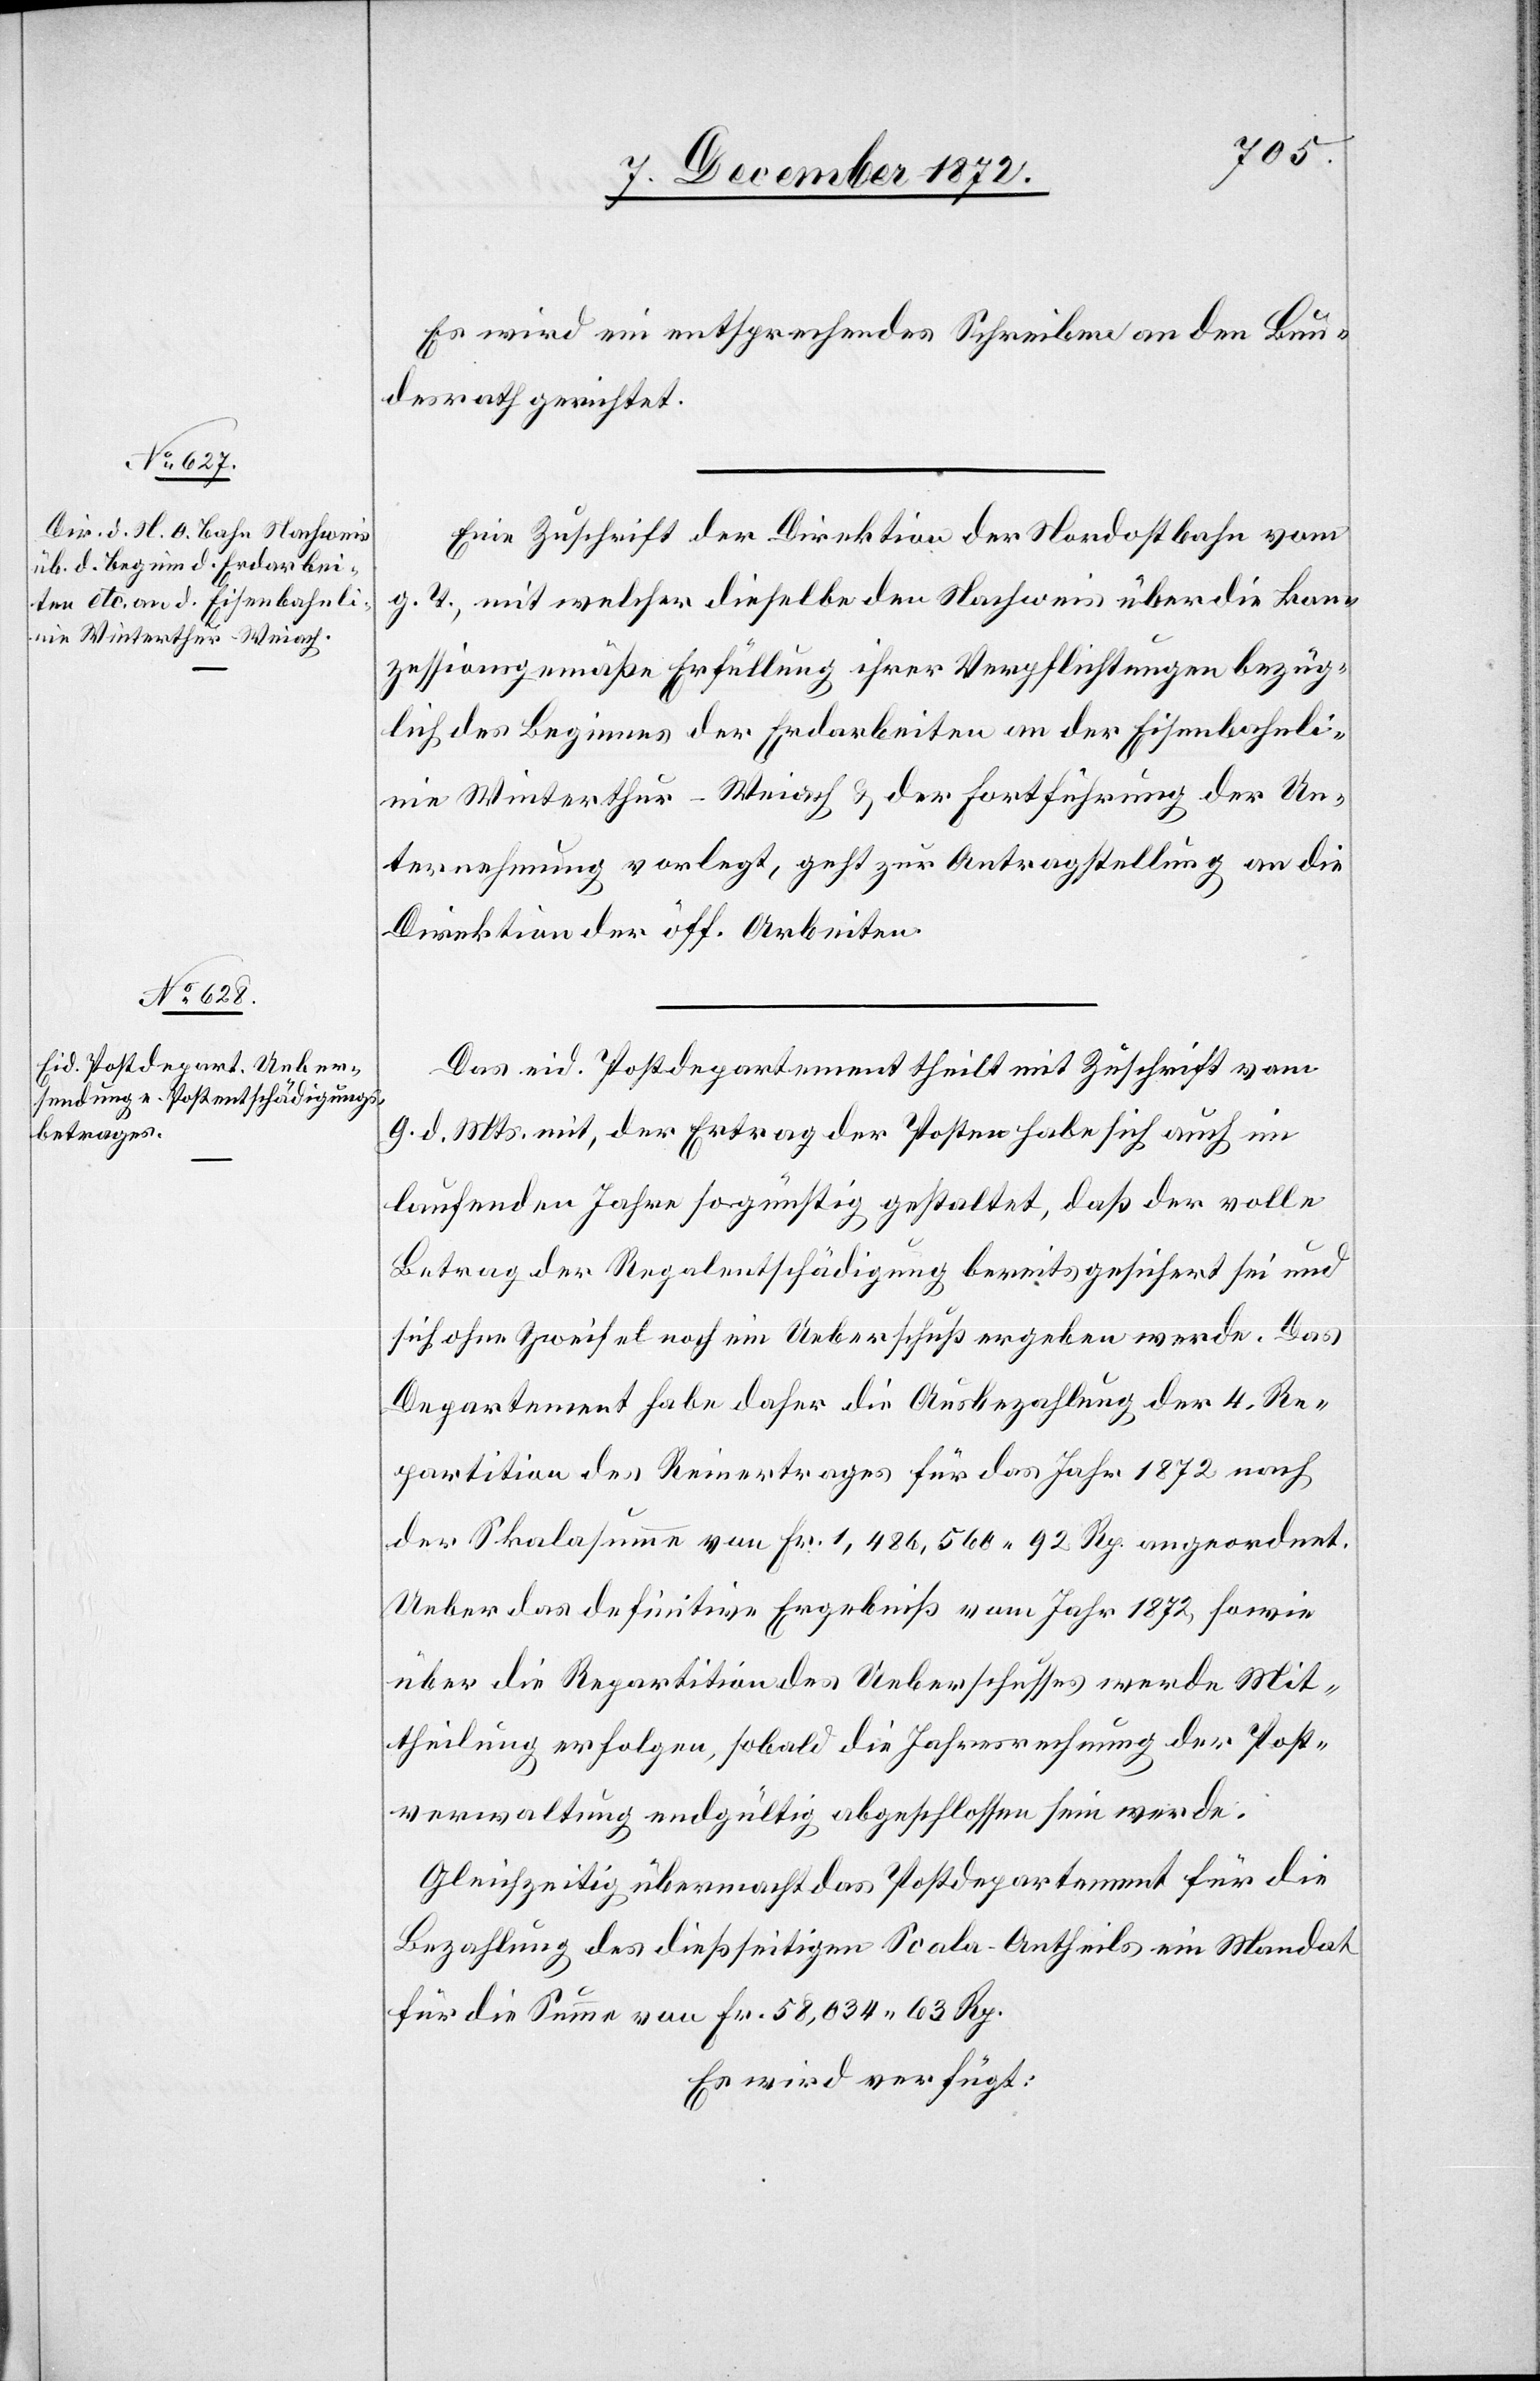
11.
December 1872.]
Es wird ein entsprechendes Schreiben an den Bun¬
desrath gerichtet.
Eine Zuschrift der Direktion der Nordostbahn vom
g. T., mit welcher dieselbe den Nachweis über die kon¬
zessionsgemäße Erfüllung ihrer Verpflichtungen bezüg¬
lich des Beginnes der Erdarbeiten an der Eisenbahnli¬
nie Winterthur–Weiach u. der Fortführung der Un¬
ternehmung vorlegt, geht zur Antragstellung an die
Direktion der öff. Arbeiten.
Das eid. Postdepartement theilt mit Zuschrift vom
9. d. Mts. mit, der Ertrag der Posten habe sich auch im
laufenden Jahre so günstig gestaltet, daß der volle
Betrag der Regalentschädigung bereits gesichert sei und
sich ohne Zweifel noch ein Ueberschuß ergeben werde. Das
Departement habe daher die Ausbezahlung der 4. Re¬
partition des Reinertrages für das Jahr 1872 nach
der Skalasumme von Fr. 1,486,560 92 Rp. angeordnet.
Ueber das definitive Ergebniß vom Jahr 1872, sowie
über die Repartition des Ueberschusses werde Mit¬
theilung erfolgen, sobald die Jahresrechnung der Post¬
verwaltung endgültig abgeschlossen sein werde.
Gleichzeitig übermacht das Postdepartement für die
Bezahlung des dießseitigen Scala-Antheils ein Mandat
für die Summe von Fr. 58,034 63 Rp.
Es wird verfügt: